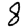
Digit: 8